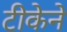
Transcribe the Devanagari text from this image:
टीकेने